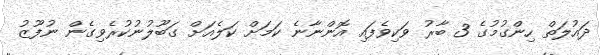
ދައުލަތް ހިންގުމުގެ 3 ބާރު ވަކިވެފައި އޮންނާނެ ކަމަށް ކަލެއަށް ގަބޫލުނުކުރެވިގެން ނުފޫޒު